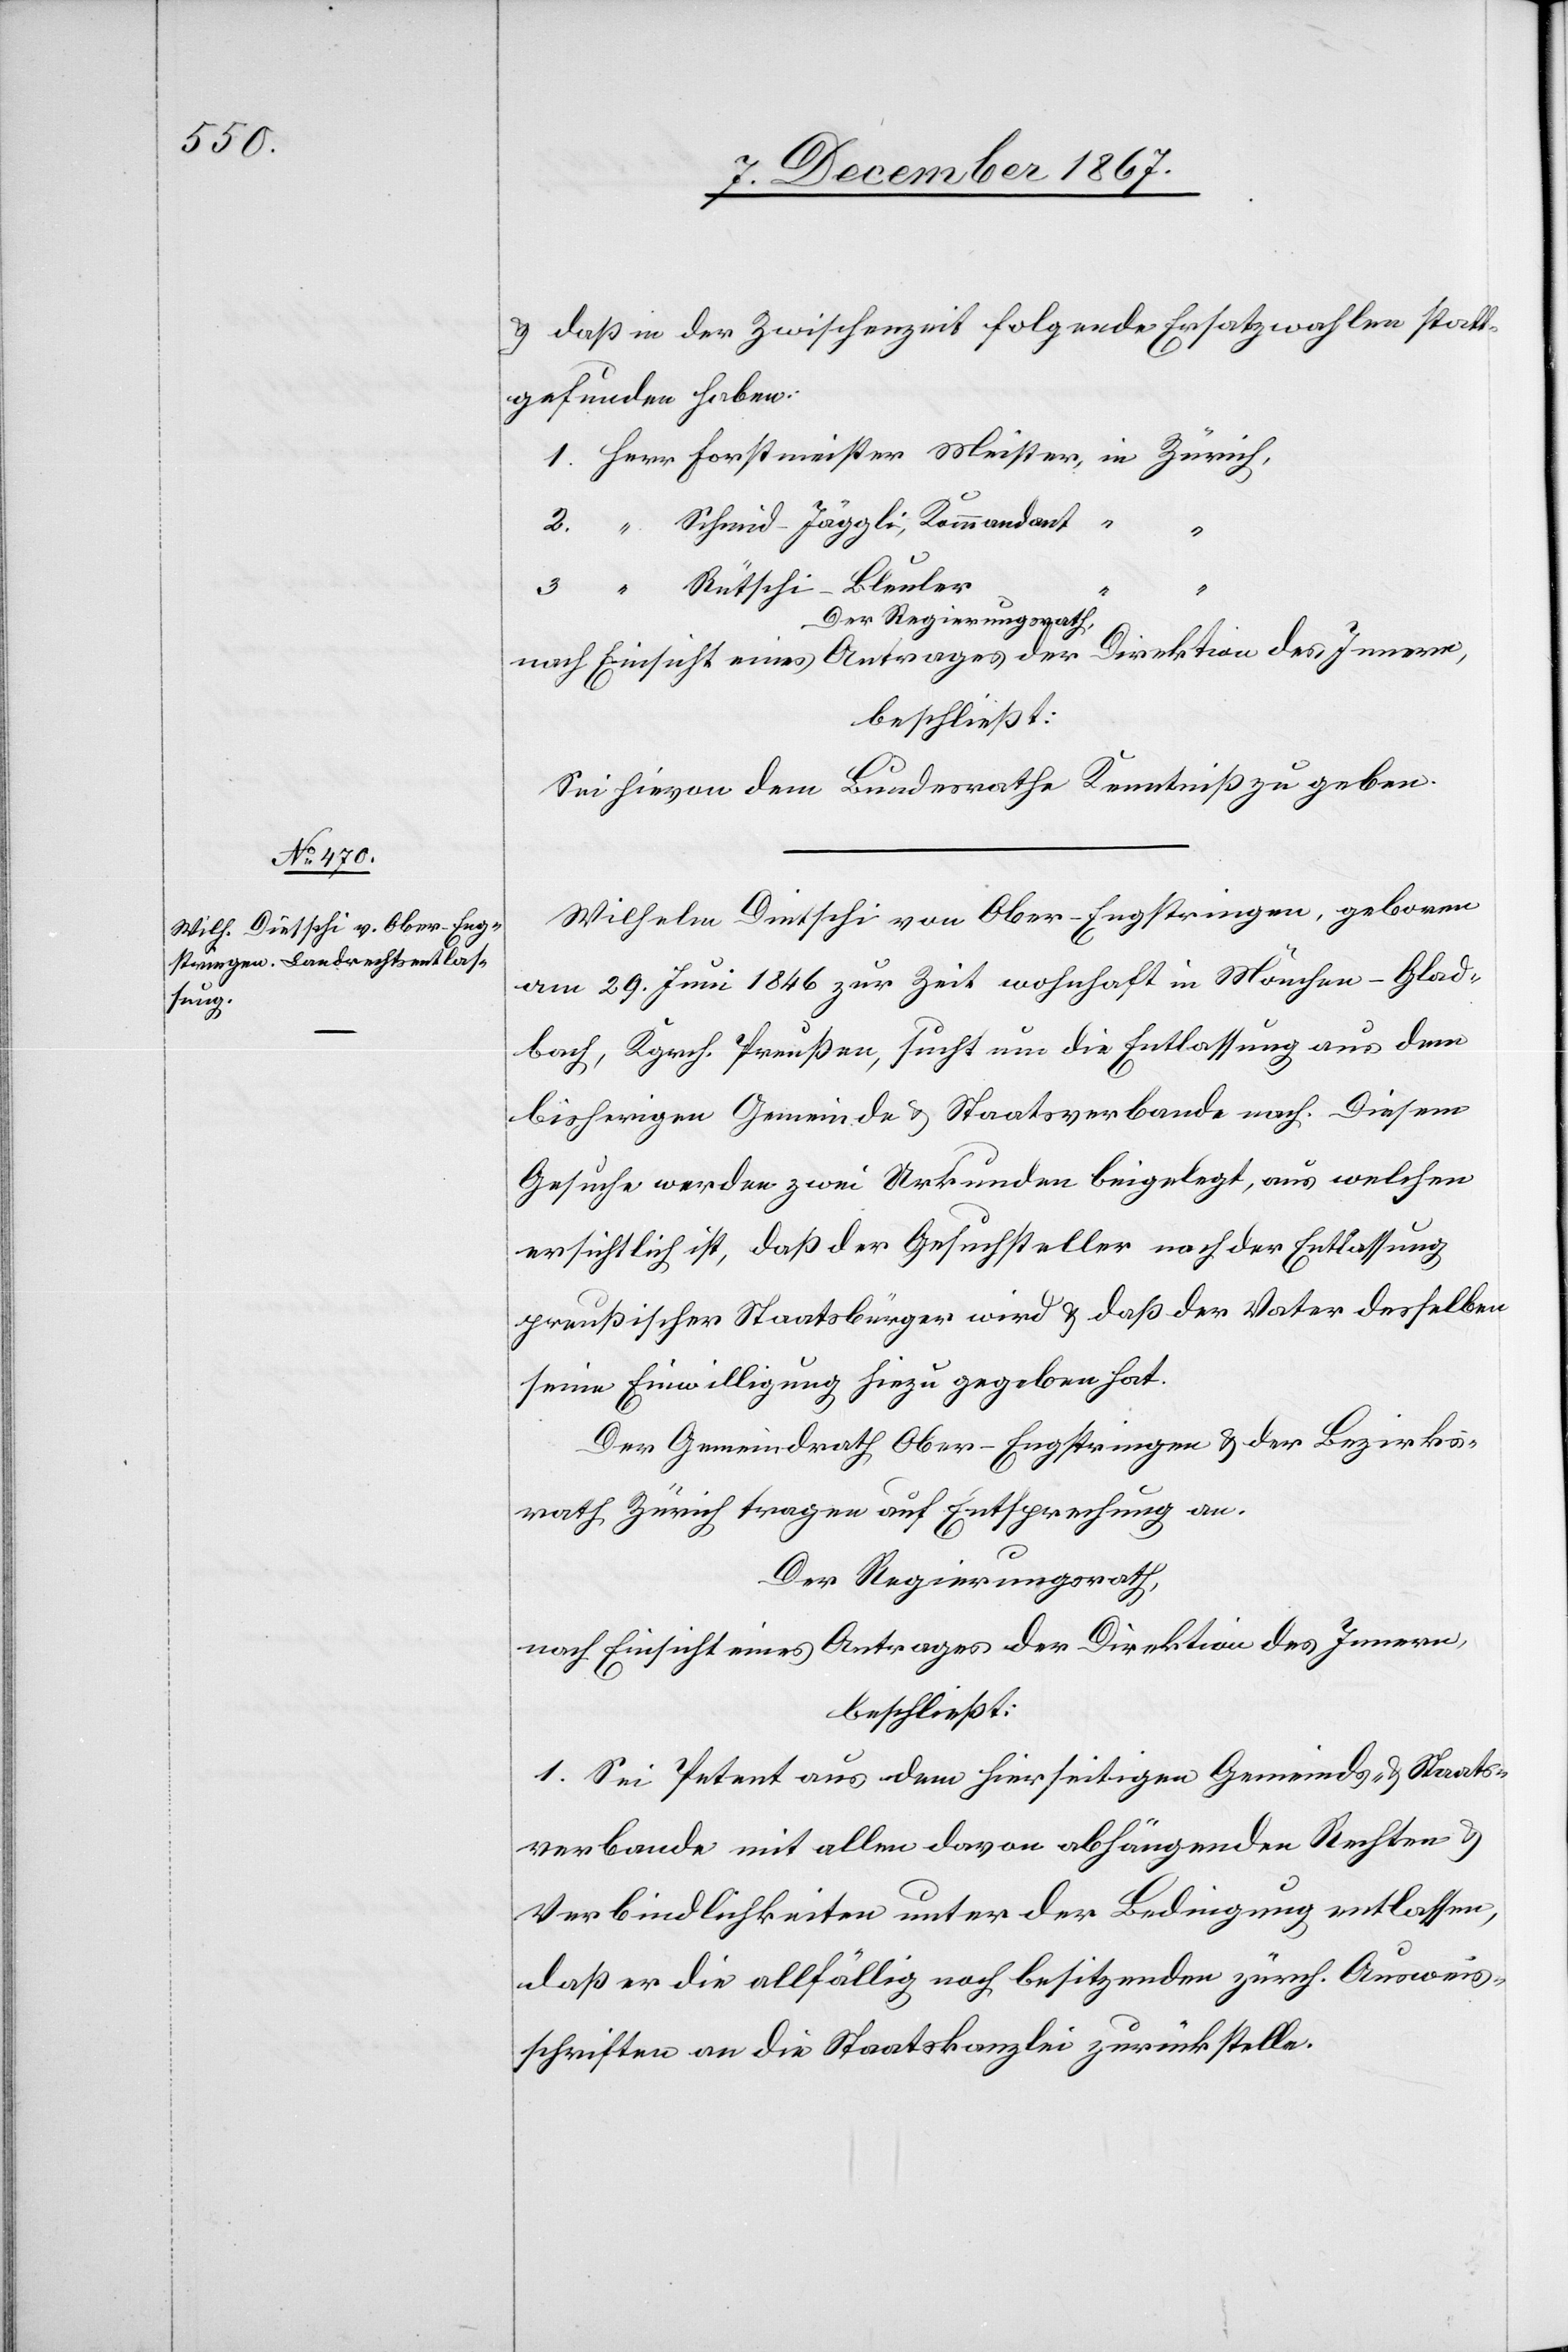
u. daß in der Zwischenzeit folgende Ersatzwahlen statt¬
gefunden haben:
Schmid-Jäggli, Kommandant,
3.
Rütschi-Bleuler
Der Regierungsrath,
nach Einsicht eines Antrages der Direktion des Innern,
beschließt:
Sei hievon dem Bundesrathe Kenntniß zu geben.
Wilhelm Dietschi von Ober-Engstringen, geboren
am 29. Juni 1846 zur Zeit wohnhaft in Mönchen-Glad¬
bach, Kgrch. Preußen, sucht um die Entlassung aus dem
bisherigen Gemeinde u. Staatsverbande nach. Diesem
Gesuche werden zwei Urkunden beigelegt, aus welchen
ersichtlich ist, daß der Gesuchsteller nach der Entlassung
preußischer Staatsbürger wird u. daß der Vater desselben
seine Einwilligung hiezu gegeben hat.
Der Gemeindrath Ober-Engstringen u. der Bezirks¬
rath Zürich tragen auf Entsprechung an.
Der Regierungsrath;
nach Einsicht eines Antrages der Direktion des Innern,
beschließt:
1. Sei Petent aus dem hierseitigen Gemeinds- u. Staats¬
verbande mit allen davon abhängenden Rechten u.
Verbindlichkeiten unter der Bedingung entlassen,
daß er die allfällig noch besitzenden zürch. Ausweis¬
schriften an die Staatskanzlei zurückstelle.